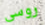
روسى